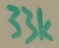
Text: 33k